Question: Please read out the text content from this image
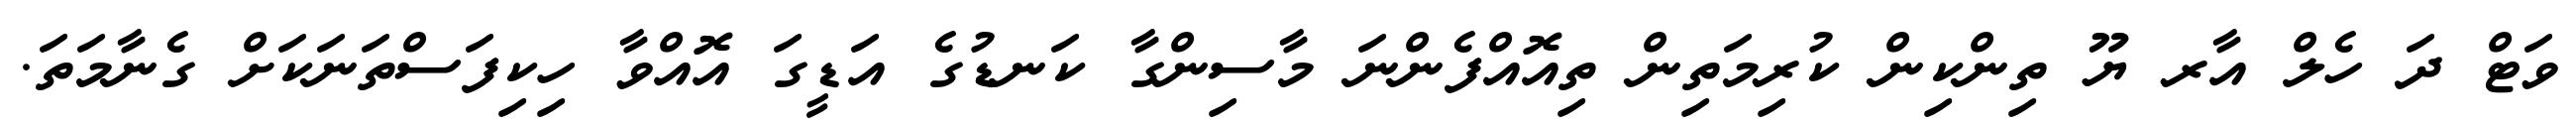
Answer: ވަޓް ދަ ހެލް އާރ ޔޫ ތިންކިން ކުރިމަތިން ތިއޮއްފެންނަ މާސިންގާ ކަނޑުގެ އަޑީގަ އޮއްވާ ހިކިފަސްތަނަކަށް ގެނާމަތަ.